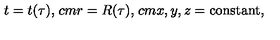
t = t ( \tau ) , \hspace * { 1 c m } r = R ( \tau ) , \hspace * { 1 c m } x , y , z = \mathrm { c o n s t a n t } ,